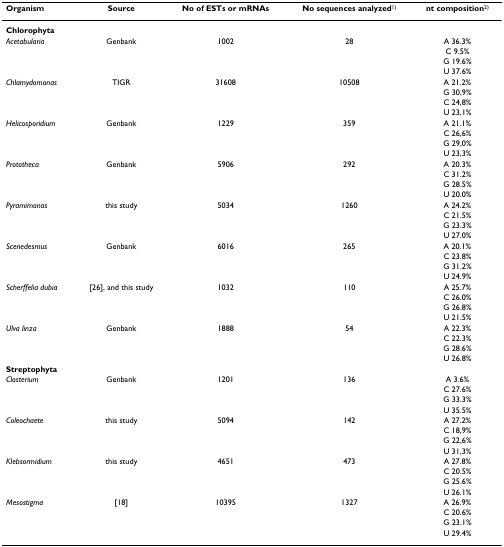
<table><thead><tr><td><b>Organism</b></td><td><b>Source</b></td><td><b>No of ESTs or mRNAs</b></td><td><b>No sequences analyzed<sup>1)</sup></b></td><td><b>nt composition<sup>2)</sup></b></td></tr></thead><tbody><tr><td><b>Chlorophyta</b></td><td></td><td></td><td></td><td></td></tr><tr><td><i>Acetabularia</i></td><td>Genbank</td><td>1002</td><td>28</td><td>A 36.3%</td></tr><tr><td></td><td></td><td></td><td></td><td>C 9.5%</td></tr><tr><td></td><td></td><td></td><td></td><td>G 19.6%</td></tr><tr><td></td><td></td><td></td><td></td><td>U 37.6%</td></tr><tr><td><i>Chlamydomonas</i></td><td>TIGR</td><td>31608</td><td>10508</td><td>A 21.2%</td></tr><tr><td></td><td></td><td></td><td></td><td>G 30,9%</td></tr><tr><td></td><td></td><td></td><td></td><td>C 24,8%</td></tr><tr><td></td><td></td><td></td><td></td><td>U 23,1%</td></tr><tr><td><i>Helicosporidium</i></td><td>Genbank</td><td>1229</td><td>359</td><td>A 21.1%</td></tr><tr><td></td><td></td><td></td><td></td><td>C 26,6%</td></tr><tr><td></td><td></td><td></td><td></td><td>G 29,0%</td></tr><tr><td></td><td></td><td></td><td></td><td>U 23,3%</td></tr><tr><td><i>Prototheca</i></td><td>Genbank</td><td>5906</td><td>292</td><td>A 20.3%</td></tr><tr><td></td><td></td><td></td><td></td><td>C 31.2%</td></tr><tr><td></td><td></td><td></td><td></td><td>G 28.5%</td></tr><tr><td></td><td></td><td></td><td></td><td>U 20.0%</td></tr><tr><td><i>Pyramimonas</i></td><td>this study</td><td>5034</td><td>1260</td><td>A 24.2%</td></tr><tr><td></td><td></td><td></td><td></td><td>C 21.5%</td></tr><tr><td></td><td></td><td></td><td></td><td>G 23.3%</td></tr><tr><td></td><td></td><td></td><td></td><td>U 27.0%</td></tr><tr><td><i>Scenedesmus</i></td><td>Genbank</td><td>6016</td><td>265</td><td>A 20.1%</td></tr><tr><td></td><td></td><td></td><td></td><td>C 23.8%</td></tr><tr><td></td><td></td><td></td><td></td><td>G 31.2%</td></tr><tr><td></td><td></td><td></td><td></td><td>U 24.9%</td></tr><tr><td><i>Scherffelia dubia</i></td><td>[26], and this study</td><td>1032</td><td>110</td><td>A 25.7%</td></tr><tr><td></td><td></td><td></td><td></td><td>C 26.0%</td></tr><tr><td></td><td></td><td></td><td></td><td>G 26.8%</td></tr><tr><td></td><td></td><td></td><td></td><td>U 21.5%</td></tr><tr><td><i>Ulva linza</i></td><td>Genbank</td><td>1888</td><td>54</td><td>A 22.3%</td></tr><tr><td></td><td></td><td></td><td></td><td>C 22.3%</td></tr><tr><td></td><td></td><td></td><td></td><td>G 28.6%</td></tr><tr><td></td><td></td><td></td><td></td><td>U 26.8%</td></tr><tr><td><b>Streptophyta</b></td><td></td><td></td><td></td><td></td></tr><tr><td><i>Closterium</i></td><td>Genbank</td><td>1201</td><td>136</td><td>A 3.6%</td></tr><tr><td></td><td></td><td></td><td></td><td>C 27.6%</td></tr><tr><td></td><td></td><td></td><td></td><td>G 33.3%</td></tr><tr><td></td><td></td><td></td><td></td><td>U 35.5%</td></tr><tr><td><i>Coleochaete</i></td><td>this study</td><td>5094</td><td>142</td><td>A 27.2%</td></tr><tr><td></td><td></td><td></td><td></td><td>C 18,9%</td></tr><tr><td></td><td></td><td></td><td></td><td>G 22,6%</td></tr><tr><td></td><td></td><td></td><td></td><td>U 31,3%</td></tr><tr><td><i>Klebsormidium</i></td><td>this study</td><td>4651</td><td>473</td><td>A 27.8%</td></tr><tr><td></td><td></td><td></td><td></td><td>C 20.5%</td></tr><tr><td></td><td></td><td></td><td></td><td>G 25.6%</td></tr><tr><td></td><td></td><td></td><td></td><td>U 26.1%</td></tr><tr><td><i>Mesostigma</i></td><td>[18]</td><td>10395</td><td>1327</td><td>A 26.9%</td></tr><tr><td></td><td></td><td></td><td></td><td>C 20.6%</td></tr><tr><td></td><td></td><td></td><td></td><td>G 23.1%</td></tr><tr><td></td><td></td><td></td><td></td><td>U 29.4%</td></tr></tbody></table>